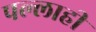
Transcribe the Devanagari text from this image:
पल्लाही